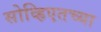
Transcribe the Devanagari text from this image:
सोव्हिएतच्या